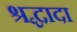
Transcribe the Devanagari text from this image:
श्रद्धादा